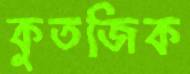
কুতজিক